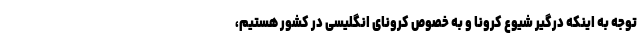
توجه به اینکه درگیر شیوع کرونا و به خصوص کرونای انگلیسی در کشور هستیم،